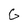
Character: G